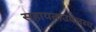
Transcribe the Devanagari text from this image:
सहायताउपलब्ध